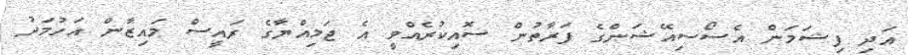
އަދި ފިޝަމަން އެސޯސިއޭޝަންގެ ފަރާތުން ސޮއިކުރެއްވީ އެ ޖަމިއްޔާގެ ރައީސް މައިޒާން އަހުމަދު